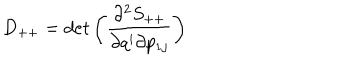
LaTeX: D _ { + + } = d e t \left( \frac { \partial ^ { 2 } S _ { + + } } { \partial q ^ { i } \partial p _ { 1 j } } \right)